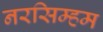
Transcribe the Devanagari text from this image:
नरसिम्हम